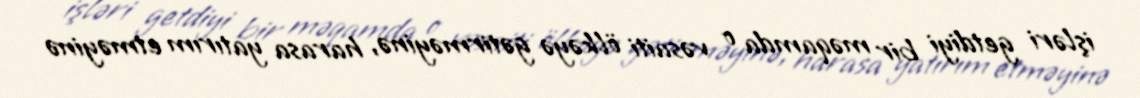
işləri getdiyi bir məqamda o vəsaiti ölkəyə gətirməyinə, harasa yatırım etməyinə